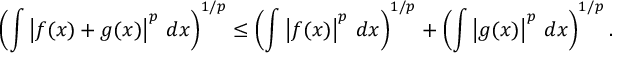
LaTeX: \left( \int \left| f ( x ) + g ( x ) \right| ^ { p } \, d x \right) ^ { 1 / p } \leq \left( \int \left| f ( x ) \right| ^ { p } \, d x \right) ^ { 1 / p } + \left( \int \left| g ( x ) \right| ^ { p } \, d x \right) ^ { 1 / p } .